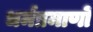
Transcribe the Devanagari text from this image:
धर्मप्रमाणों